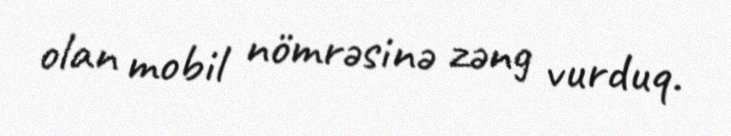
olan mobil nömrəsinə zəng vurduq.